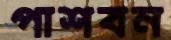
পাশবন